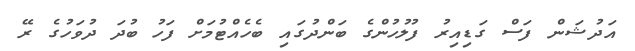
އަދުޝަން ފަސް ގަޑިއިރު ފުލުހުންގެ ބަންދުގައި ބެހެއްޓުމަށް ފަހު ބުދަ ދުވަހުގެ ރޭ